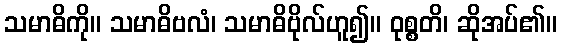
သမာဓိကို။ သမာဓိဗလံ၊ သမာဓိဗိုလ်ဟူ၍။ ဝုစ္စတိ၊ ဆိုအပ်၏။